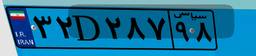
۳۸D۸۸۷۷۹